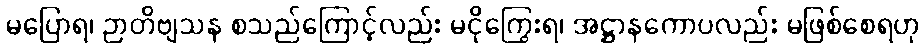
မပြောရ၊ ဉာတိဗျသန စသည်ကြောင့်လည်း မငိုကြွေးရ၊ အဋ္ဌာနကောပလည်း မဖြစ်စေရဟု